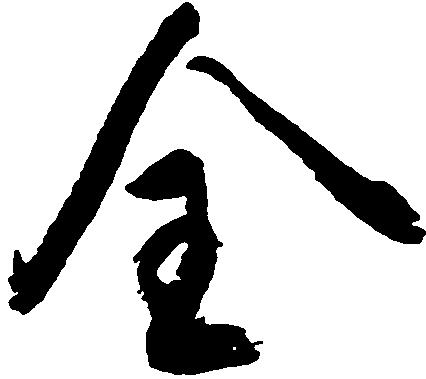
全